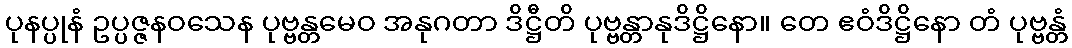
ပုနပ္ပုနံ ဥပ္ပဇ္ဇနဝသေန ပုဗ္ဗန္တမေဝ အနုဂတာ ဒိဋ္ဌီတိ ပုဗ္ဗန္တာနုဒိဋ္ဌိနော။ တေ ဧဝံဒိဋ္ဌိနော တံ ပုဗ္ဗန္တံ